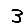
Digit: 3